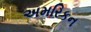
અમરિકન